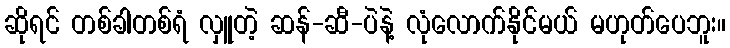
ဆိုရင် တစ်ခါတစ်ရံ လှူတဲ့ ဆန်-ဆီ-ပဲနဲ့ လုံလောက်နိုင်မယ် မဟုတ်ပေဘူး။